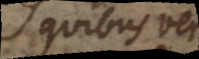
quibus vera